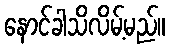
နောင်ခါသိလိမ့်မည်။